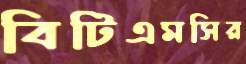
বিটিএমসির